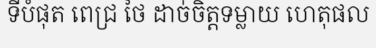
ទីបំផុត ពេជ្រ ថៃ ដាច់ចិត្តទម្លាយ ហេតុផល